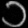
Digit: ၁